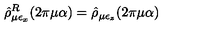
\hat { \rho } _ { \mu \epsilon _ { x } } ^ { R } ( 2 \pi \mu \alpha ) = \hat { \rho } _ { \mu \epsilon _ { z } } ( 2 \pi \mu \alpha )